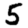
Digit: 5